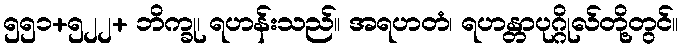
၅၅၁+၅၂၂+ ဘိက္ခု၊ ရဟန်းသည်။ အရဟတံ၊ ရဟန္တာပုဂ္ဂိုလ်တို့တွင်။